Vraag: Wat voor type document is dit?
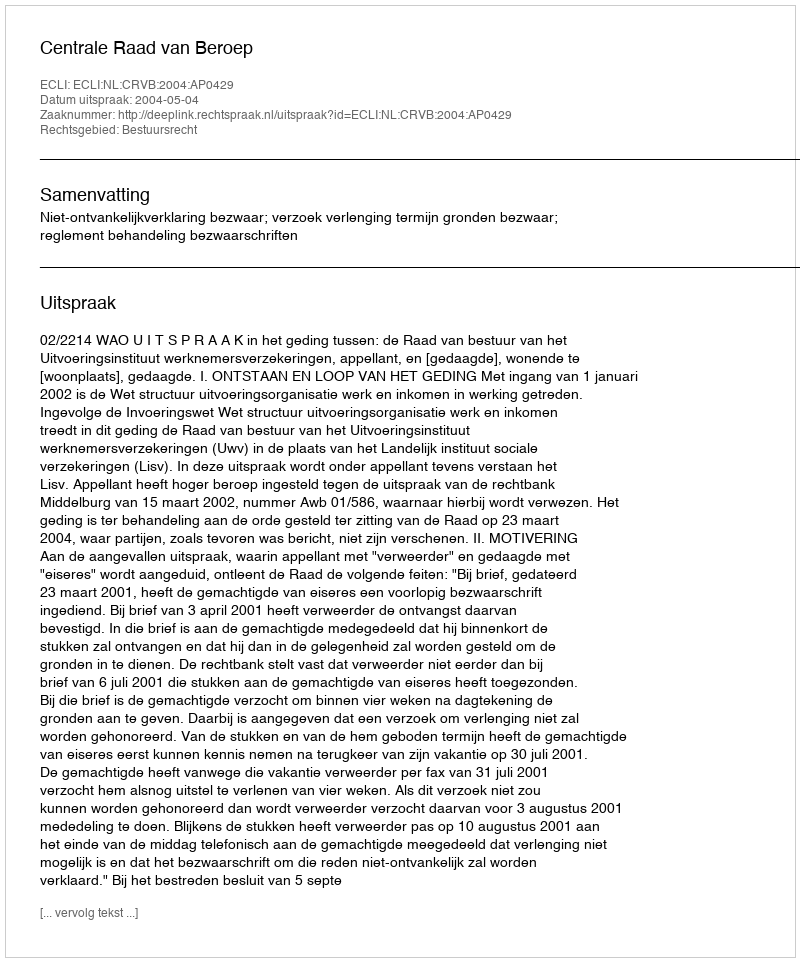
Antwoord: Uitspraak